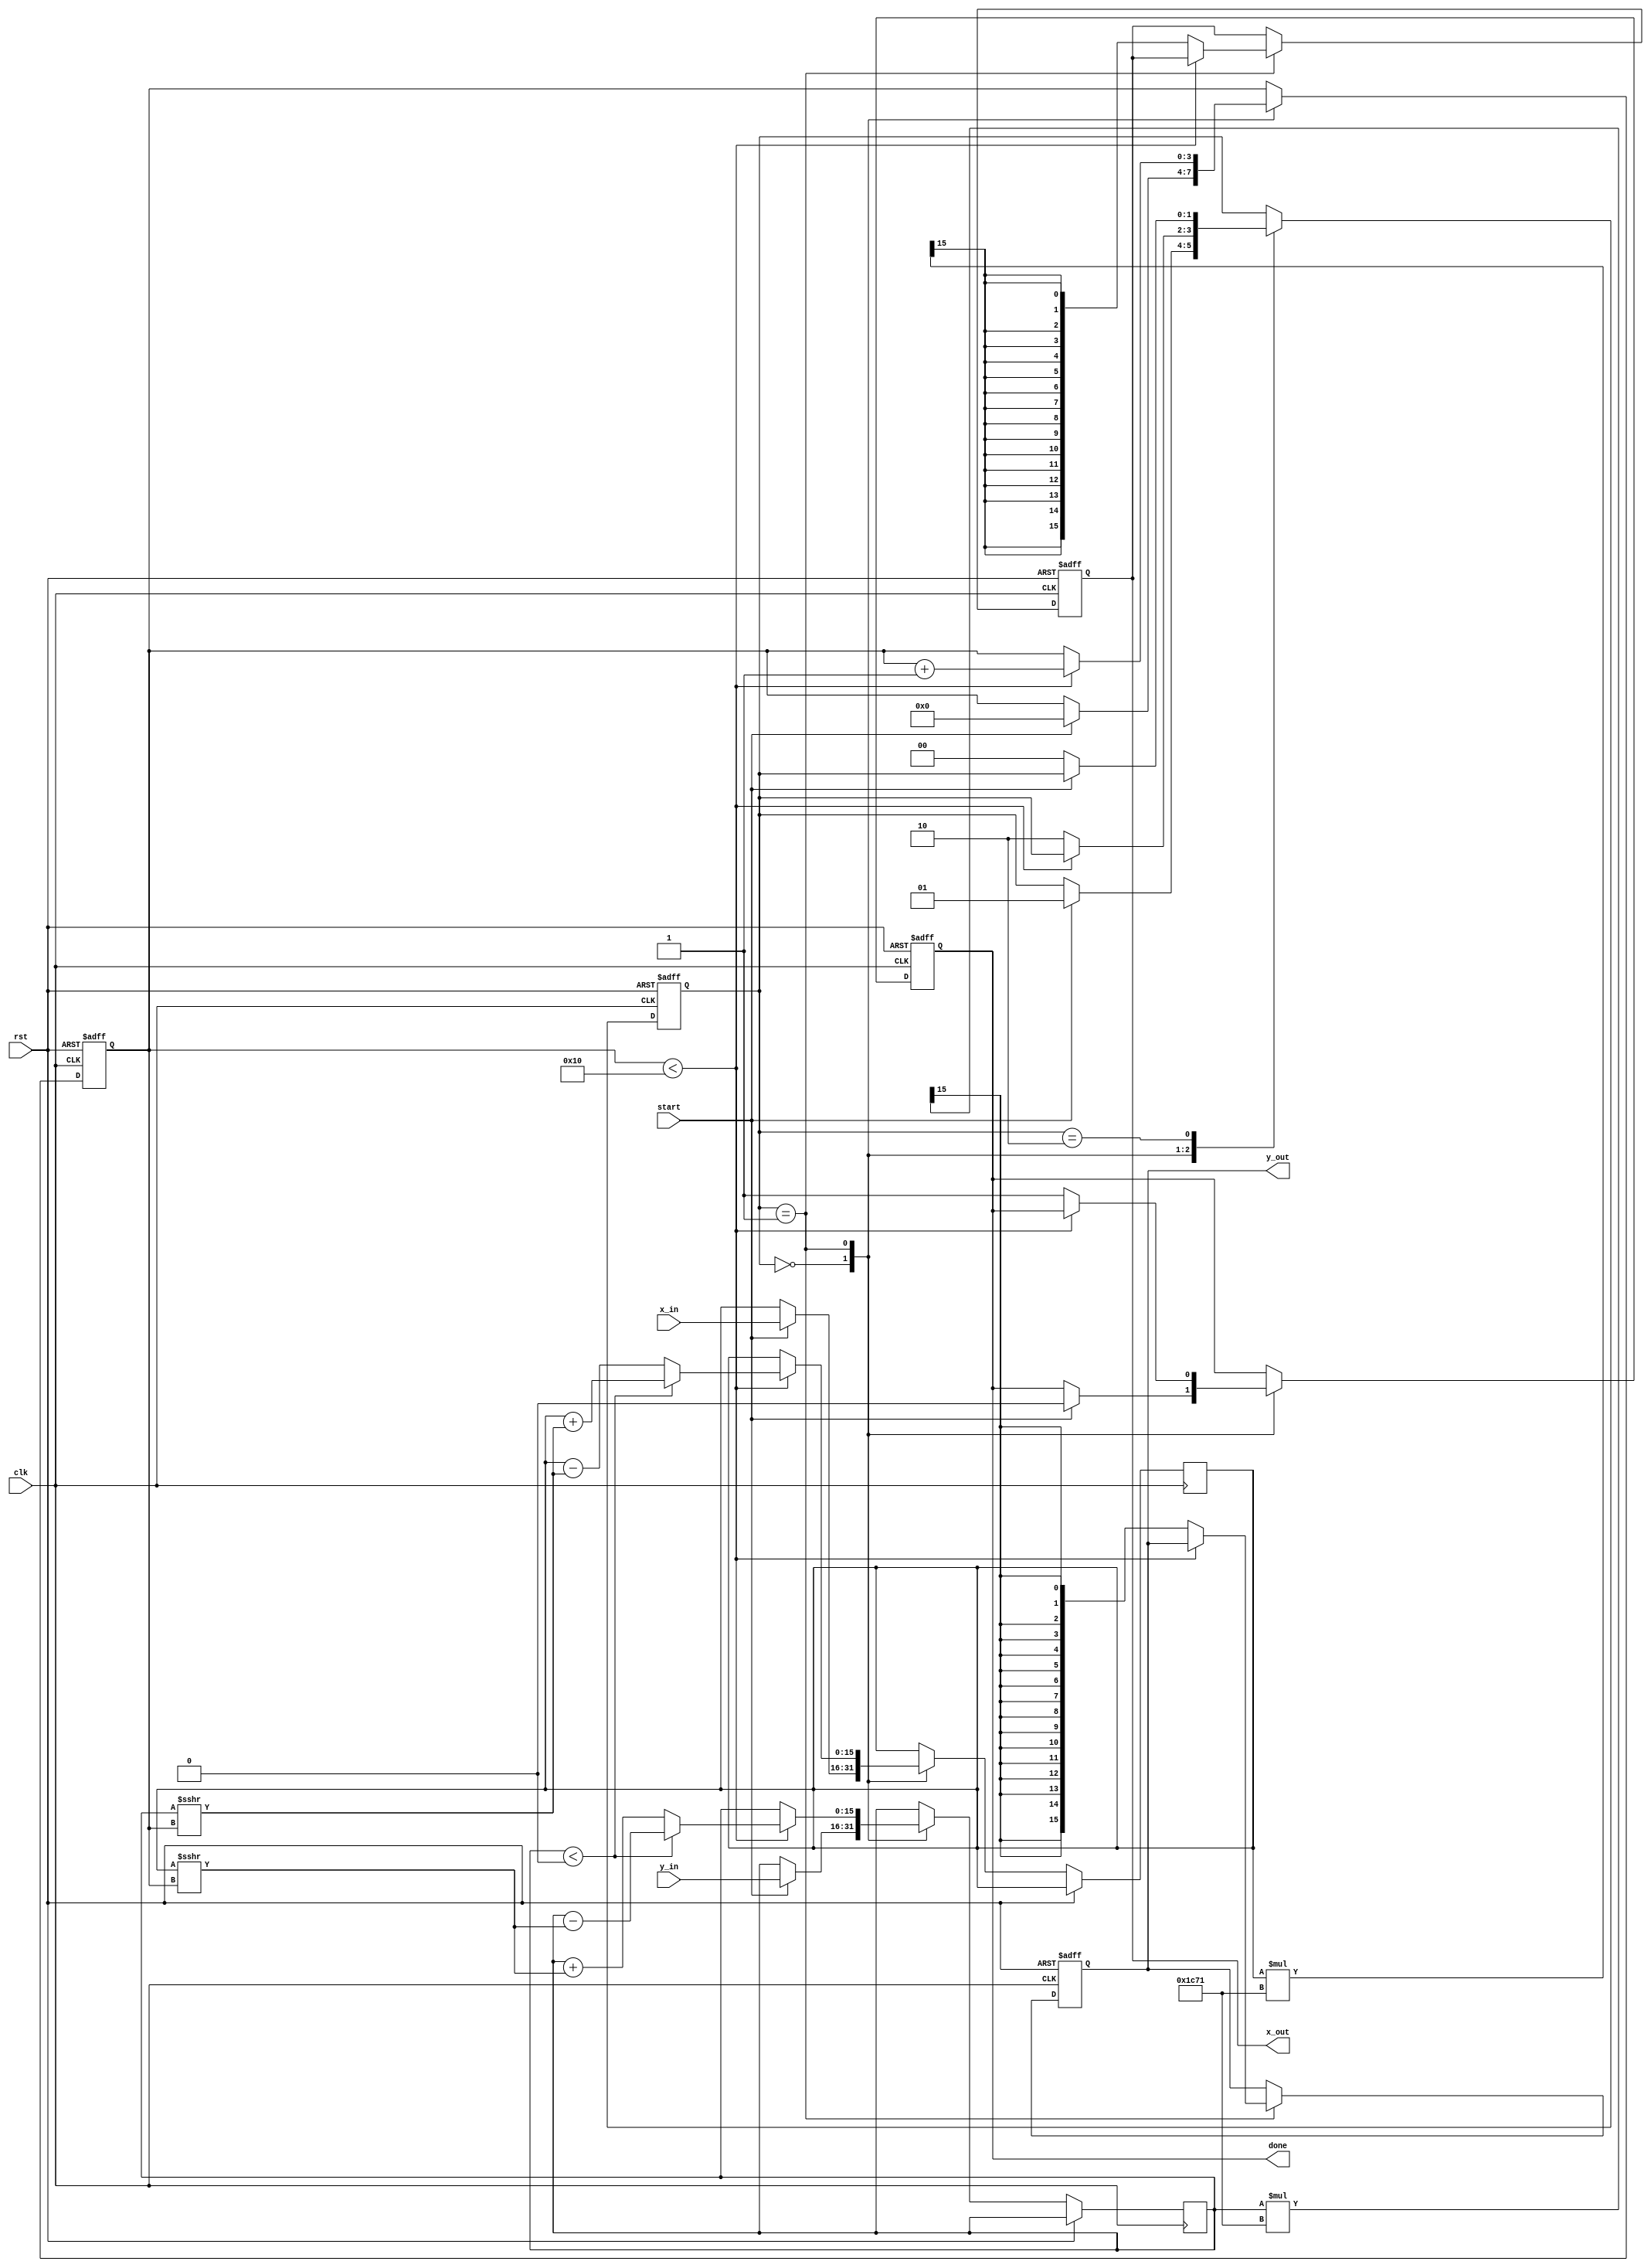
module complex_cordic #(
    parameter N = 16, // Number of iterations
    parameter WIDTH = 16 // Bit width for fixed-point representation
)(
    input wire clk,
    input wire rst,
    input wire start,
    input wire signed [WIDTH-1:0] x_in, // Real part of input
    input wire signed [WIDTH-1:0] y_in, // Imaginary part of input
    output reg signed [WIDTH-1:0] x_out, // Real part of output
    output reg signed [WIDTH-1:0] y_out, // Imaginary part of output
    output reg done // Signal to indicate completion
);

    // Angle Look-Up Table (LUT) for arctangent values
    reg signed [WIDTH-1:0] atan_table [0:N-1];
    initial begin
        // Precomputed arctangent values (scaled)
        atan_table[0] = 16'h2000; // atan(1) = pi/4 in fixed-point
        atan_table[1] = 16'h1000; // atan(0.5) = pi/6 in fixed-point
        // Fill in the rest of the LUT based on the desired precision
        // ...
    end

    // Scaling factor (fixed-point representation)
    localparam signed [WIDTH-1:0] K = 16'h1C71; // Scaling factor for N iterations

    // State variables
    reg [3:0] iteration; // Iteration counter
    reg signed [WIDTH-1:0] x_reg, y_reg; // Registers for computation
    reg [1:0] state; // FSM state

    // State encoding
    localparam IDLE = 2'b00;
    localparam COMPUTE = 2'b01;
    localparam DONE = 2'b10;

    // Sequential logic for state machine
    always @(posedge clk or posedge rst) begin
        if (rst) begin
            state <= IDLE;
            iteration <= 0;
            x_out <= 0;
            y_out <= 0;
            done <= 0;
        end else begin
            case (state)
                IDLE: begin
                    if (start) begin
                        // Initialize registers
                        x_reg <= x_in;
                        y_reg <= y_in;
                        iteration <= 0;
                        done <= 0;
                        state <= COMPUTE;
                    end
                end
                COMPUTE: begin
                    if (iteration < N) begin
                        // CORDIC rotation logic
                        if (y_reg < 0) begin // Rotate clockwise
                            x_reg <= x_reg + (y_reg >>> iteration);
                            y_reg <= y_reg - (x_reg >>> iteration);
                        end else begin // Rotate counterclockwise
                            x_reg <= x_reg - (y_reg >>> iteration);
                            y_reg <= y_reg + (x_reg >>> iteration);
                        end
                        iteration <= iteration + 1;
                    end else begin
                        // Apply scaling factor
                        x_out <= x_reg * K >>> 15; // Adjust for fixed-point scaling
                        y_out <= y_reg * K >>> 15; // Adjust for fixed-point scaling
                        done <= 1;
                        state <= DONE;
                    end
                end
                DONE: begin
                    if (!start) begin
                        state <= IDLE; // Reset state on new start signal
                    end
                end
            endcase
        end
    end

endmodule